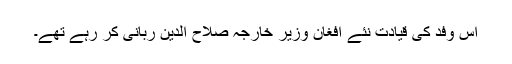
اس وفد کی قیادت نئے افغان وزیر خارجہ صلاح الدین ربانی کر رہے تھے۔